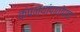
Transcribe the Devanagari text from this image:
कंपन्यांपाठोपाठ